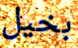
بخيل